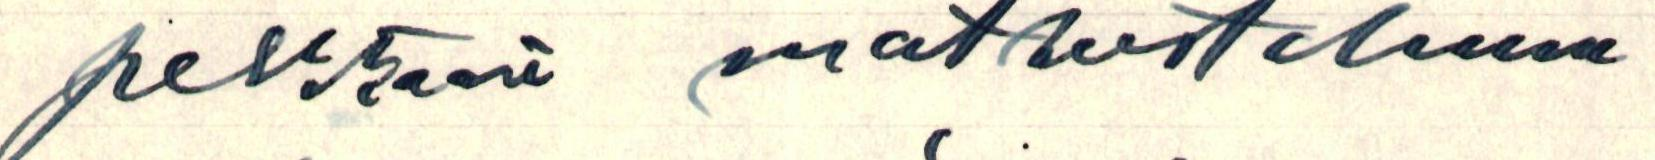
pelkkään matkusteluun